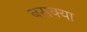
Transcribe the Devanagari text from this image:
बसक्या